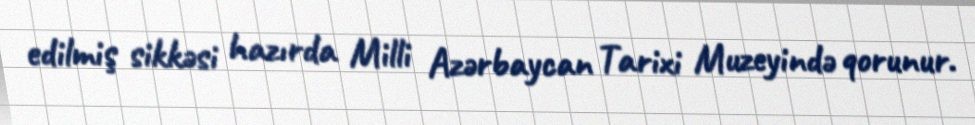
edilmiş sikkəsi hazırda Milli Azərbaycan Tarixi Muzeyində qorunur.